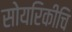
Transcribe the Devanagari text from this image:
सोयरिकीचि